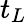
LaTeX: t_{L}